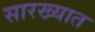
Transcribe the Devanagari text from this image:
सारख्यात